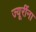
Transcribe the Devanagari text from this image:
ज्यूरींना